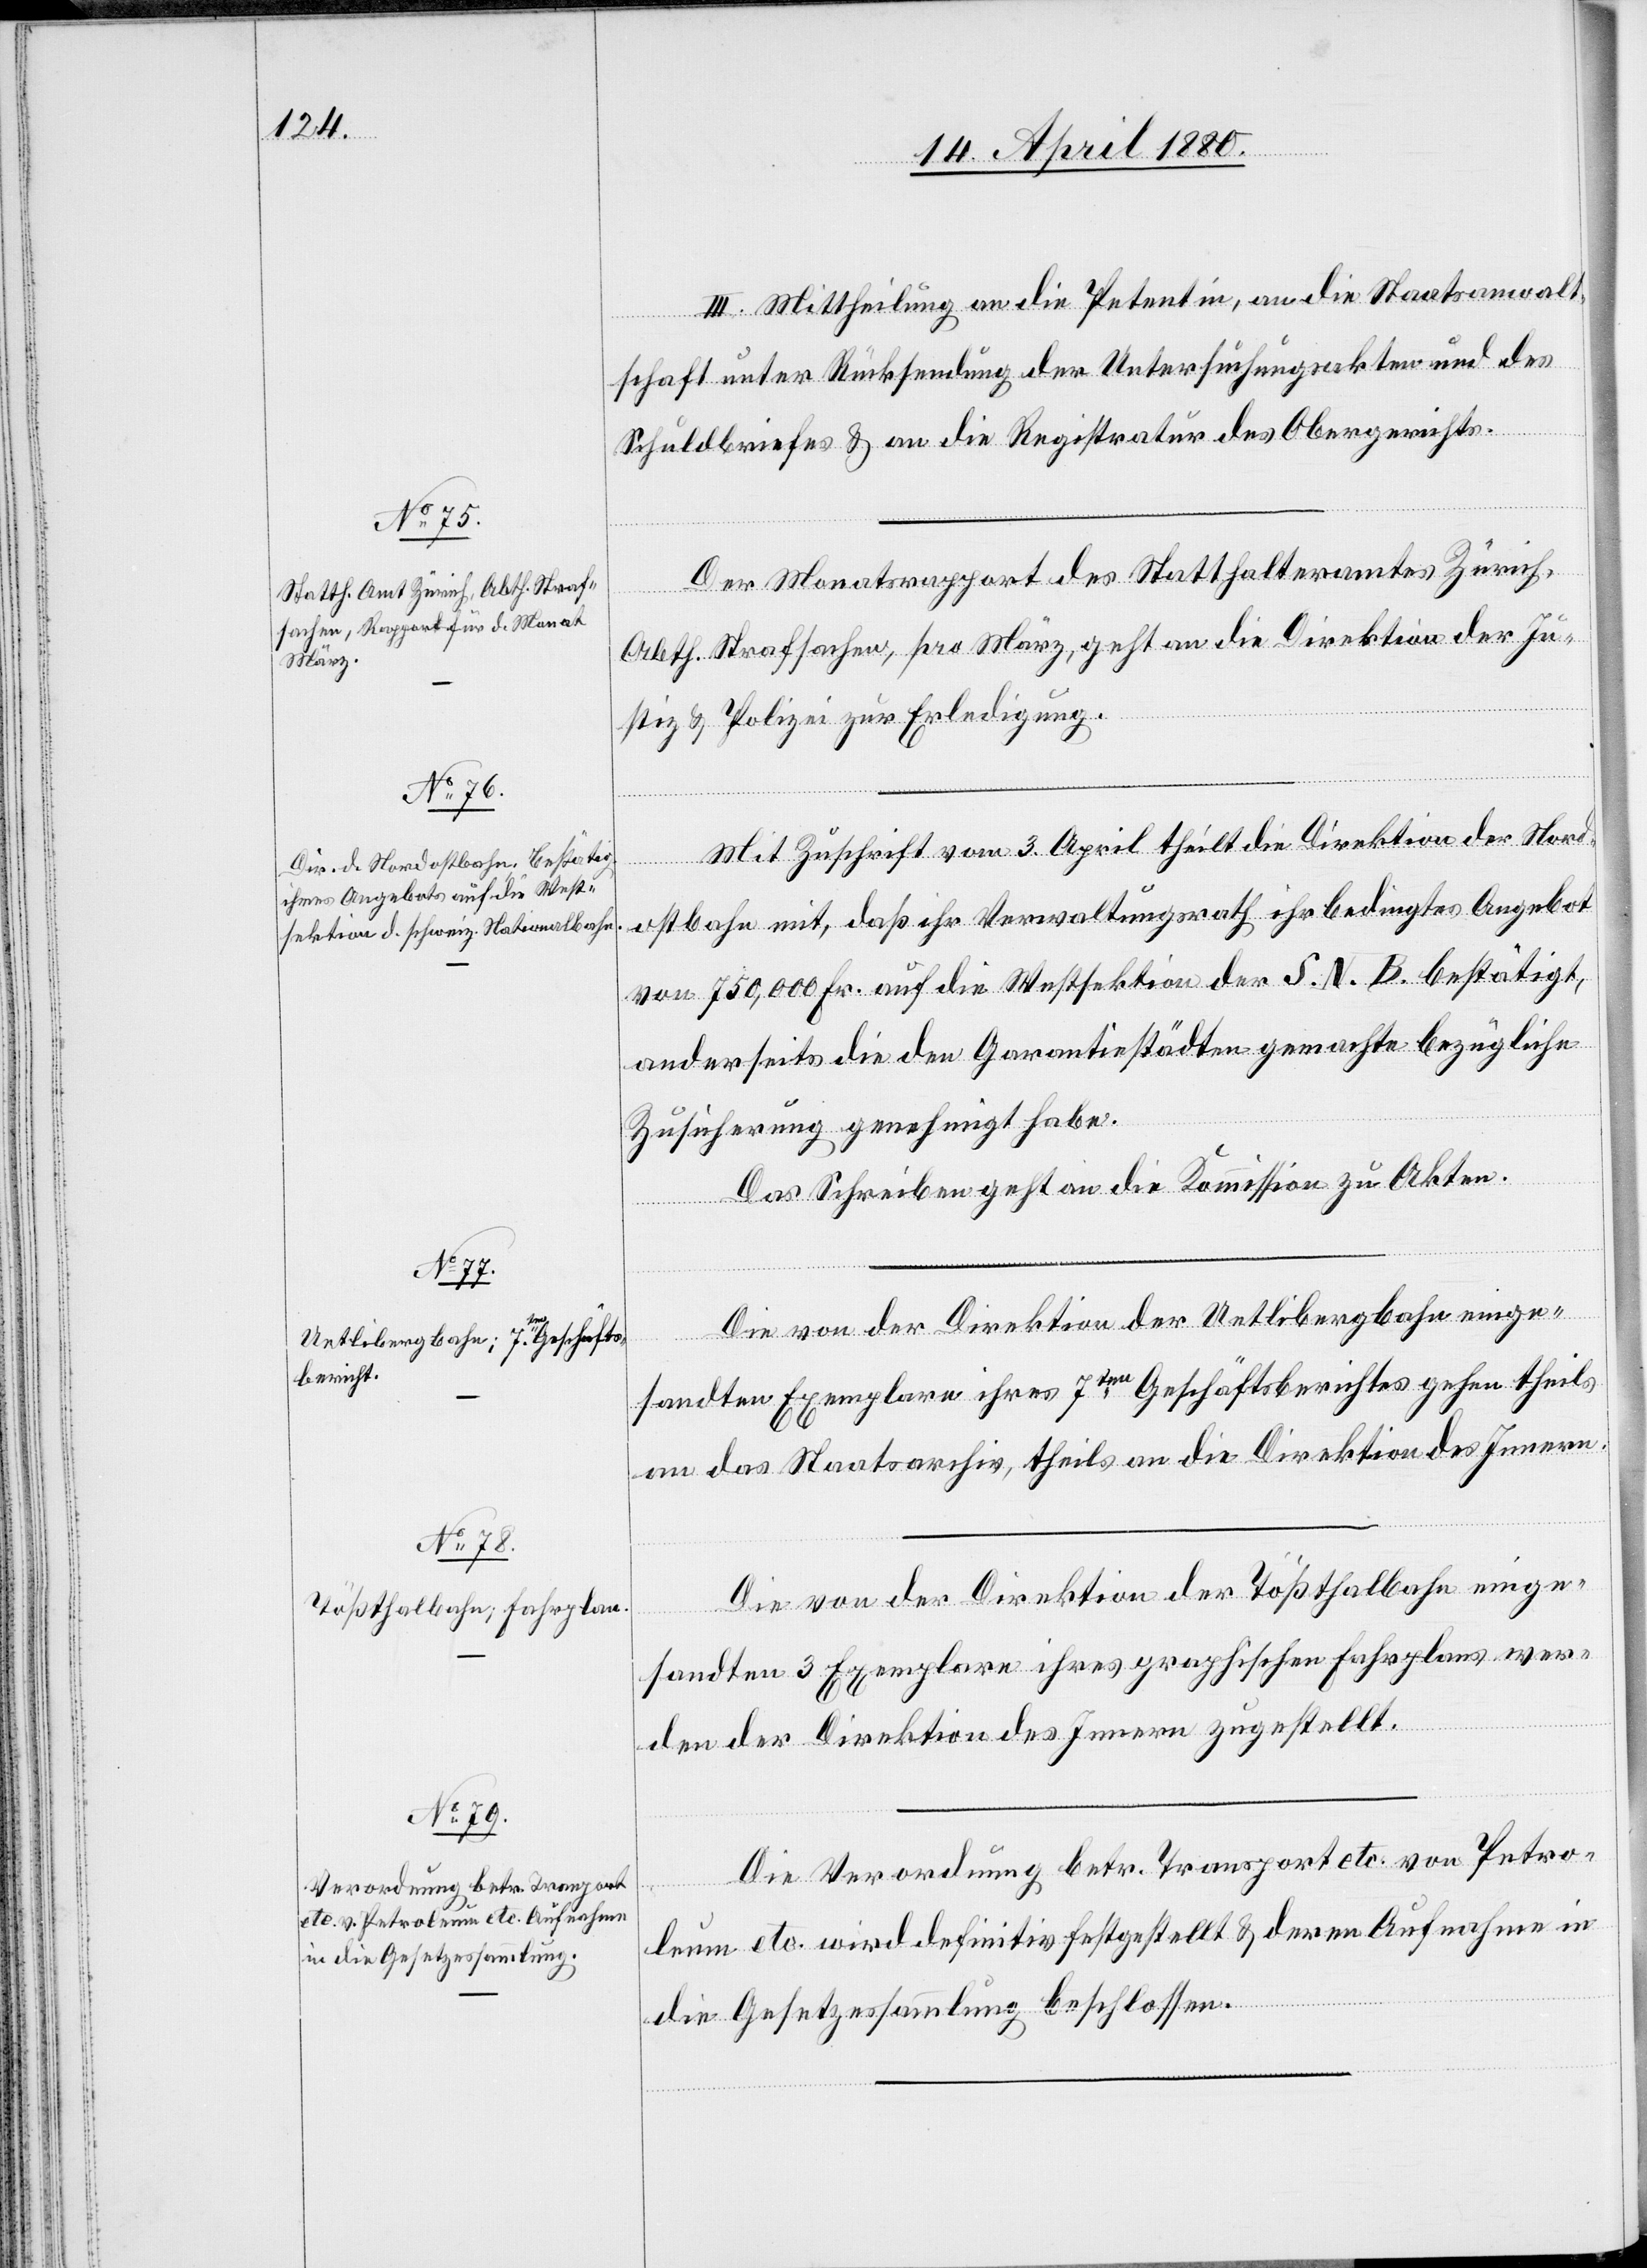
III. Mittheilung an die Petentin, an die Staatsanwalt¬
schaft unter Rücksendung der Untersuchungsakten und des
Schuldbriefes & an die Registratur des Obergerichts.
Der Monatsrapport des Statthalteramtes Zürich,
Abth. Strafsachen, pro März, geht an die Direktion der Ju¬
stiz & Polizei zur Erledigung.
Mit Zuschrift vom 3. April theilt die Direktion der Nord¬
ostbahn mit, daß ihr Verwaltungsrath ihr bedingtes Angebot
von 750 000 Fr. auf die Westsektion der S. N. B. bestätigt,
anderseits die den Garantiestädten gemachte bezügliche
Zusicherung genehmigt habe.
Das Schreiben geht an die Kommission zu Akten.
Die von der Direktion der Uetlibergbahn einge¬
sandten Exemplare ihres 7ten Geschäftsberichtes gehen theilt
an das Staatsarchiv, theils an die Direktion des Innern.
Die von der Direktion der Tößthalbahn einge¬
sandten 3 Exemplare ihres graphischen Fahrplans wer¬
den der Direktion des Innern zugestellt.
Die Verordnung betr. Transport etc. von Petro¬
leum etc. wird definitiv festgestellt & deren Aufnahme in
die Gesetzessammlung beschlossen.